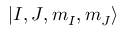
| I , J , m _ { I } , m _ { J } \rangle